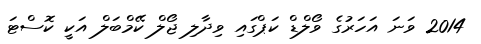
2014 ވަނަ އަހަރުގެ ވޯލްޑް ކަޕްގައި ވިދާލި ޖޯލް ކޭމްބަލް އަކީ ކޮސްޓަ